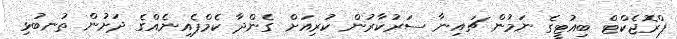
ޕްރޮޖެކްޓް ބިއުޓީގެ ނަމުން ޗައިނާ ސަރުކާރުން ކުރިއަށް ގެންދާ ކެމްޕެއިނެއްގެ ދަށުން ތުނބުޅި